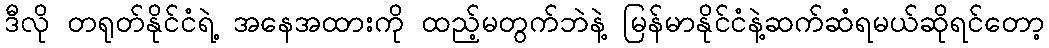
ဒီလို တရုတ်နိုင်ငံရဲ့ အနေအထားကို ထည့်မတွက်ဘဲနဲ့ မြန်မာနိုင်ငံနဲ့ဆက်ဆံရမယ်ဆိုရင်တော့